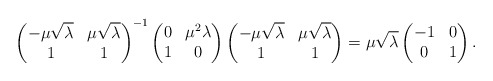
\begin{align*}\begin{pmatrix}-\mu\sqrt{\lambda} & \mu\sqrt{\lambda}\\1 & 1\end{pmatrix}^{-1}\begin{pmatrix}0 & \mu^2\lambda \\1 & 0\end{pmatrix}\begin{pmatrix}-\mu\sqrt{\lambda} & \mu\sqrt{\lambda}\\1 & 1\end{pmatrix}=\mu\sqrt{\lambda}\begin{pmatrix}-1 & 0 \\0 & 1\end{pmatrix}.\end{align*}